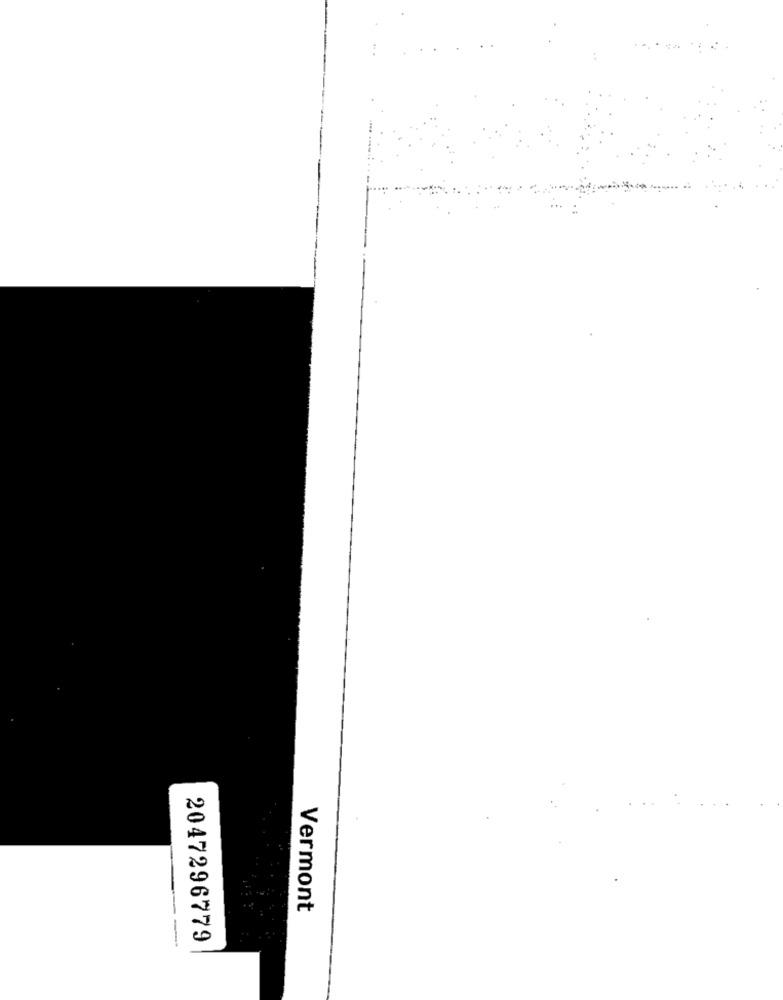
Vermont
2047296779